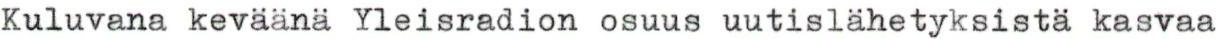
Kuluvana keväänä Yleisradion osuus uutislähetyksistä kasvaa